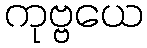
ကုဗ္ဗယေ